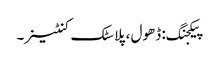
پیکجنگ: ڈھول ، پلاسٹک کنٹینر۔